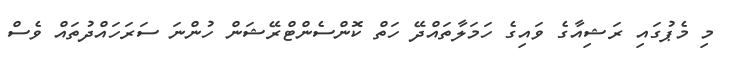
މި މެޕުގައި ރަޝިއާގެ ވައިގެ ހަމަލާތައްދޭ ހަތް ކޮންސެންޓްރޭޝަން ހުންނަ ސަރަހައްދުތައް ވެސް